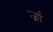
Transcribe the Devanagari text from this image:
र्जा